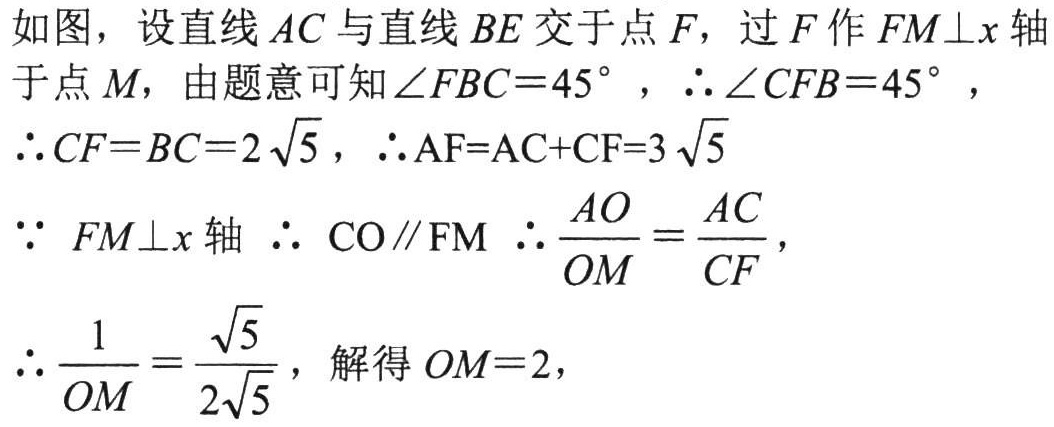
如图，设直线 \(AC\) 与直线 \(BE\) 交于点 \(F\)，过 \(F\) 作 \(FM\perp x\) 轴于点 \(M\)，由题意可知 \(\angle FBC = 45^{\circ}\) ，\(\therefore \angle CFB = 45^{\circ}\) ，\(\therefore CF = BC = 2\sqrt{5}\) ，\(\therefore AF = AC + CF = 3\sqrt{5}\)

\(\because\ FM\perp x\) 轴 \(\therefore\ CO\parallel FM\) \(\therefore \dfrac{AO}{OM}=\dfrac{AC}{CF}\)，

\(\therefore \dfrac{1}{OM}=\dfrac{\sqrt{5}}{2\sqrt{5}}\)，解得 \(OM = 2\)，